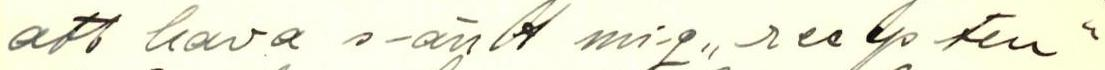
att hava sänt mig ,,resepten"